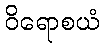
ဝိရောစယံ